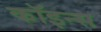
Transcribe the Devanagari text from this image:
कॉइन्स